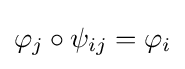
\varphi _{j}\circ \psi _{ij}=\varphi _{i}